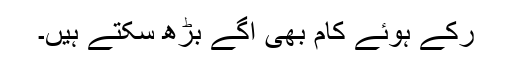
رکے ہوئے کام بھی آگے بڑھ سکتے ہیں۔